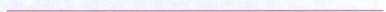
___